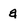
Character: a